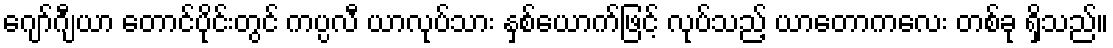
ဂျော်ဂျီယာ တောင်ပိုင်းတွင် ကပ္ပလီ ယာလုပ်သား နှစ်ယောက်ဖြင့် လုပ်သည့် ယာတောကလေး တစ်ခု ရှိသည်။